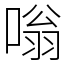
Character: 嗡